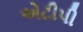
એટીપી